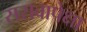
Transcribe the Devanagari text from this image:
सरावापेक्षा